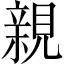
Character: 親